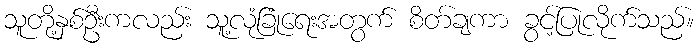
သူတို့နှစ်ဦးကလည်း သူ့လုံခြုံရေးအတွက် စိတ်ချကာ ခွင့်ပြုလိုက်သည်။